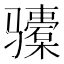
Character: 𬴎